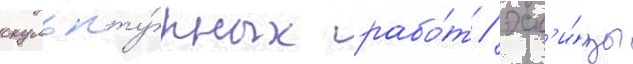
скульпту́рных рабо́т / эск'и́зы